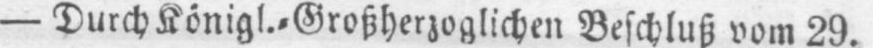
- Durch Königl.⸗Großherzoglichen Beschluß vom 29.